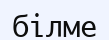
білме